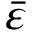
\bar { \varepsilon }